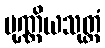
ပုဏ္ဏိယသုတ္တံ